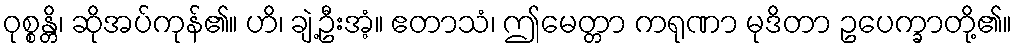
ဝုစ္စန္တိ၊ ဆိုအပ်ကုန်၏။ ဟိ၊ ချဲ့ဦးအံ့။ ဧတာသံ၊ ဤမေတ္တာ ကရုဏာ မုဒိတာ ဥပေက္ခာတို့၏။